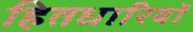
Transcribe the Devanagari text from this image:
हितधारियों